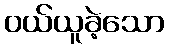
ဝယ်ယူခဲ့သော